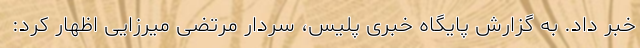
خبر داد. به گزارش پایگاه خبری پلیس، سردار مرتضی میرزایی اظهار کرد: